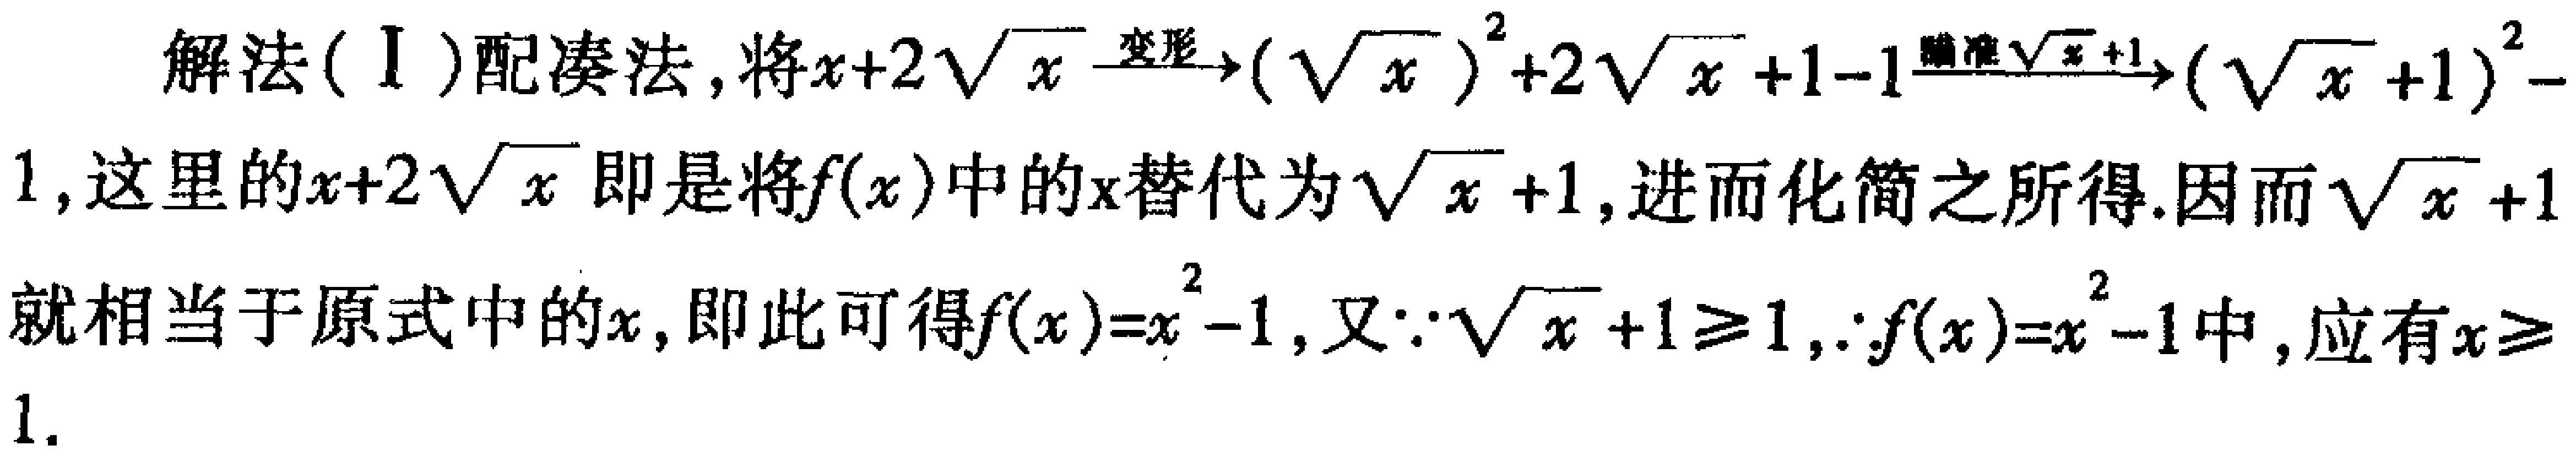
解法( I )配凑法，将\(x + 2\sqrt{x}\xrightarrow{变形}(\sqrt{x})^2 + 2\sqrt{x}+1 - 1\xrightarrow{瞄准\sqrt{x}+1}(\sqrt{x}+1)^2-1\)，这里的\(x + 2\sqrt{x}\)即是将\(f(x)\)中的\(x\)替代为\(\sqrt{x}+1\)，进而化简之所得. 因而\(\sqrt{x}+1\)就相当于原式中的\(x\)，即此可得\(f(x)=x^{2}-1\)，又\(\because\sqrt{x}+1\geq1\)，\(\therefore f(x)=x^{2}-1\)中，应有\(x\geq1\).